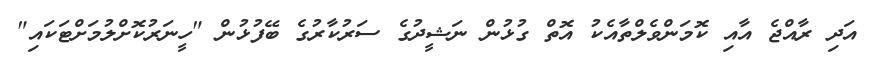
އަދި ރާއްޖެ އާއި ކޮމަންވެލްތާއެކު އޮތް ގުޅުން ނަޝީދުގެ ސަރުކާރުގެ ބޭފުޅުން "ހީނަރުކޮށްލުމަށްޓަކައި"